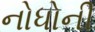
નોધોની